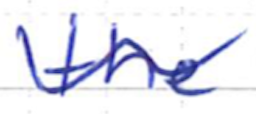
Text: the
Cross-out: wave
Writing tool: ballpoint